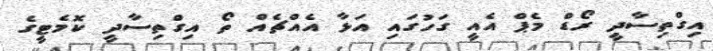
އިގްތިސާދީ ރޯޑް މެޕް އެއީ ގަހުގައި އަޅާ އެއްޗެއް ތޯ އިގްތިސާދީ ކޮމެޓީގެ